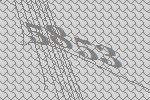
5853